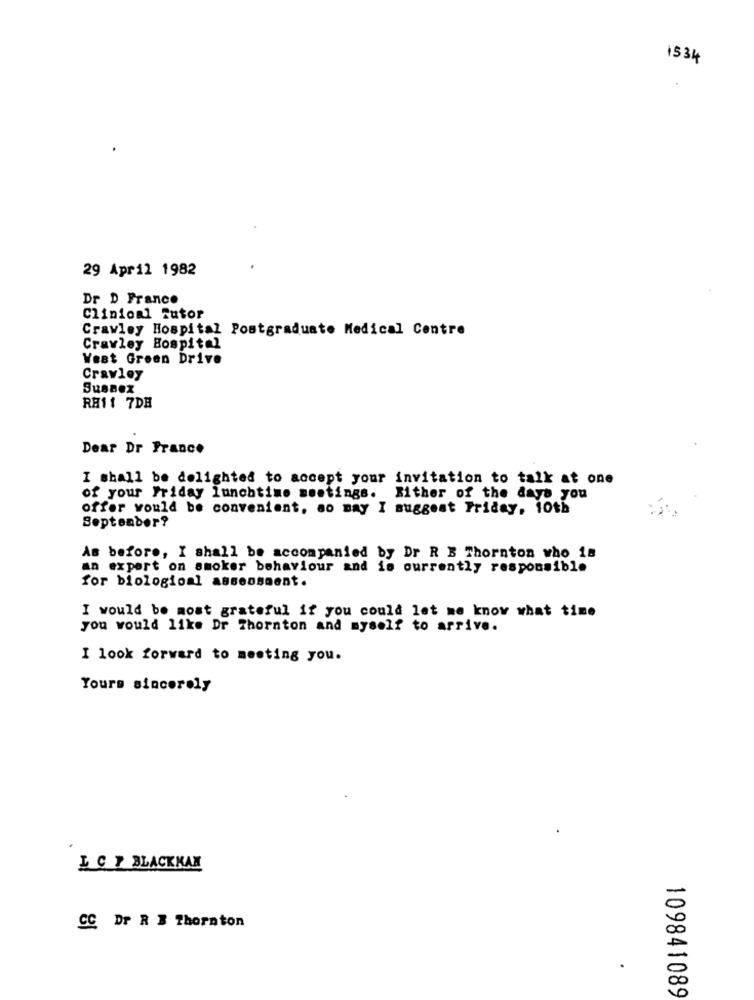
1534
29 April 1982
Dr D France
Clinionl Tutor
Crawley Hospital Postgraduate Medical Centre
Crawley Hospital
West Green Drive
Crawley
SusBOX
RH11 7DE
Dear Dr France
I shall be delighted to accept your invitation to talk at one
of your Friday lunchtime meetings. Either of the days you
offer would be convenient, ao may I suggest Friday, 10th
September?
As before, I shall be accompanied by Dr R B Thornton who is
an expert on smoker behaviour and is currently responsible
for biological assessment.
I would be most grateful if you could let me know what time
you would like Dr Thornton and myself to arrive.
I look forward to meeting you.
Yours sincerely
I C 7 BLACKKAN
CC Dr R E Thornton
109841089